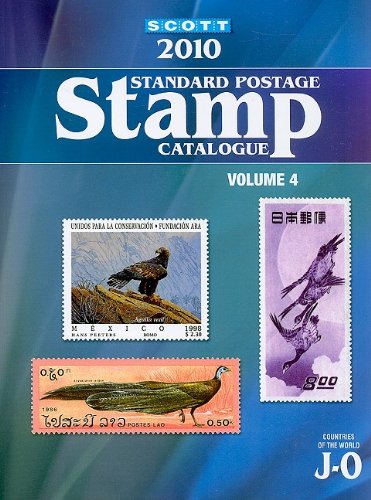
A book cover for Scott 2010 Standard Postage Stamp Catalogue, Vol. 4: Countries of the World- J-O; James E. Kloetzel; Crafts, Hobbies & Home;